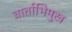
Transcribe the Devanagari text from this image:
वार्ताभिमुख